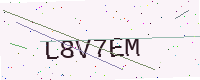
Text: L8V7EM